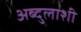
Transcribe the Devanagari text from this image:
अब्दुलाशी